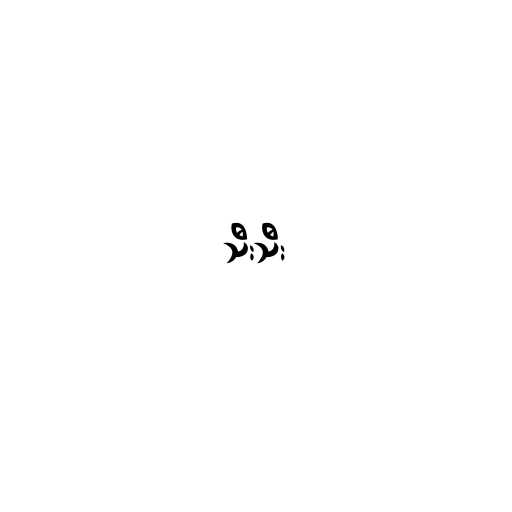
သီးသီး